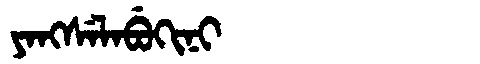
Manchu: ᠶᠠᠩᠰᡝᠯᠠᠪᡠᡴᡳᠨᡳ
Romanization: YANGSELABUKINI